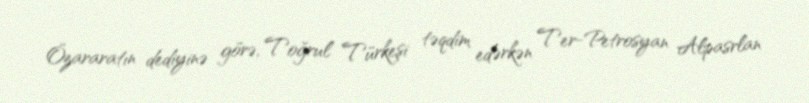
Özararatın dediyinə görə, Toğrul Türkeşi təqdim edərkən Ter-Petrosyan Alpasrlan